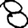
Digit: 8